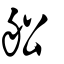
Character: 船